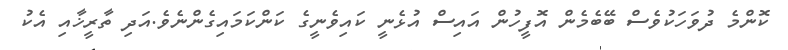
ކޮންމެ ދުވަހަކުވެސް ބޭބެމެން އޮފީހުން އައިސް އުޅެނީ ކައިވެނީގެ ކަންކަމައިގެންނެވެ.އަދި ތާރީޚާއި އެކު